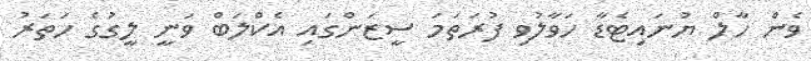
ވެން ހާލް ޔުނައިޓެޑާ ހަވާލުވި ފުރަތަމަ ސީޒަންގައި އެކްލަބް ވަނީ ލީގުގެ ހަތަރު